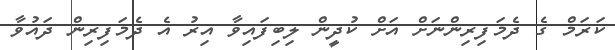
ކަރަމް ގެ ދެމަފިރިންނަށް އަށް ކުދީން ލިބިފައިވާ އިރު އެ ދެމަފިރިން ދައުވާ